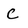
Character: C